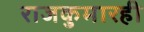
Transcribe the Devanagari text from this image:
राजकुमारही